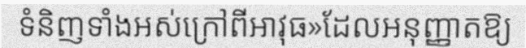
ទំនិញទាំងអស់ក្រៅពីអាវុធ»ដែលអនុញ្ញាតឱ្យ